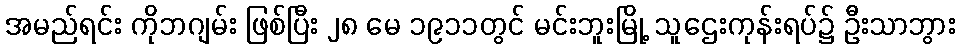
အမည်ရင်း ကိုဘဂျမ်း ဖြစ်ပြီး ၂၈ မေ ၁၉၁၁တွင် မင်းဘူးမြို့ သူဌေးကုန်းရပ်၌ ဦးသာဘွား